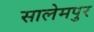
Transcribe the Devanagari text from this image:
सालेमपुर